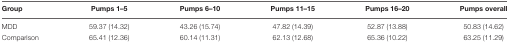
| Group | Pumps 1–5 | Pumps 6–10 | Pumps 11–15 | Pumps 16–20 | Pumps overall |
 | --- | --- | --- | --- | --- | --- |
 | MDD | 59.37 (14.32) | 43.26 (15.74) | 47.82 (14.39) | 52.87 (13.88) | 50.83 (14.62) |
 | Comparison | 65.41 (12.36) | 60.14 (11.31) | 62.13 (12.68) | 65.36 (10.22) | 63.25 (11.29) |